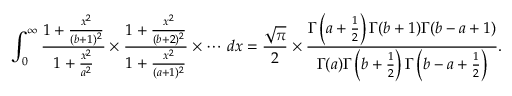
\int _ { 0 } ^ { \infty } { \frac { 1 + { \frac { x ^ { 2 } } { ( b + 1 ) ^ { 2 } } } } { 1 + { \frac { x ^ { 2 } } { a ^ { 2 } } } } } \times { \frac { 1 + { \frac { x ^ { 2 } } { ( b + 2 ) ^ { 2 } } } } { 1 + { \frac { x ^ { 2 } } { ( a + 1 ) ^ { 2 } } } } } \times \cdots \, d x = { \frac { \sqrt { \pi } } { 2 } } \times { \frac { \Gamma \left( a + { \frac { 1 } { 2 } } \right) \Gamma ( b + 1 ) \Gamma ( b - a + 1 ) } { \Gamma ( a ) \Gamma \left( b + { \frac { 1 } { 2 } } \right) \Gamma \left( b - a + { \frac { 1 } { 2 } } \right) } } .